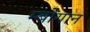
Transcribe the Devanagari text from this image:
म्बोंगान